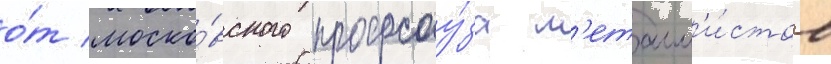
о́т моско́вского профсоу́за м'еталл'и́стов